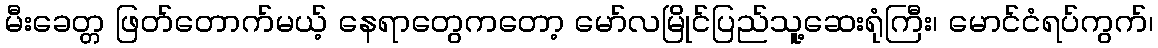
မီးခေတ္တ ဖြတ်တောက်မယ့် နေရာတွေကတော့ မော်လမြိုင်ပြည်သူ့ဆေးရုံကြီး၊ မောင်ငံရပ်ကွက်၊